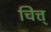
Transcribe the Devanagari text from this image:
चित्त्